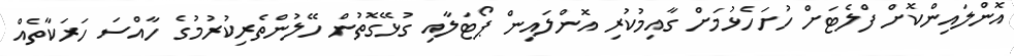
އޮންލައިންކޮށް ފްލެޓަށް ހުށަހެޅުމަށް ގާއިމުކުރި އޮންލައިން ޕޯޓަލާއި ގުޅޭގޮތުން ހޭލުންތެރިކުރުމުގެ ހާއްސަ ހަރަކާތެއް